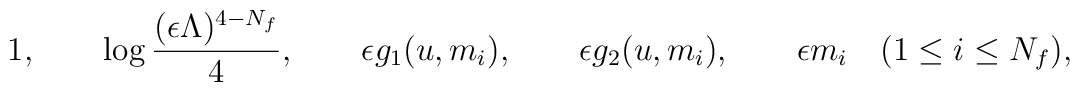
1,\qquad\log\frac{(\epsilon\Lambda)^{4-N_f}}{4},\qquad\epsilon g_1(u,m_i),\qquad\epsilon g_2(u,m_i),\qquad\epsilon m_i\quad (1\leq i\leq N_f),